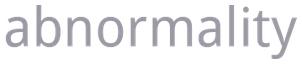
abnormality